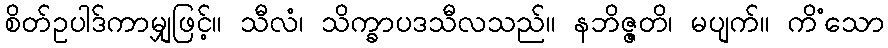
စိတ်ဥပါဒ်ကာမျှဖြင့်။ သီလံ၊ သိက္ခာပဒသီလသည်။ နဘိဇ္ဇတိ၊ မပျက်။ ကိံသော